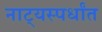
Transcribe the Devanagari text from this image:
नाट्यस्पर्धांत